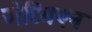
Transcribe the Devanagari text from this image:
जेटिंगएन